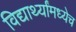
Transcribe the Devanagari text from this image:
विद्यार्थ्यांमध्येच